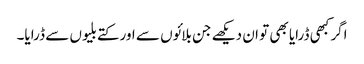
اگر کبھی ڈرایا بھی تو ان دیکھے جن بلائوں سے اور کتے بلیوں سے ڈرایا۔